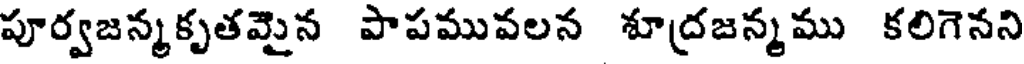
పూర్వజన్మకృతమైన పాపమువలన శూద్రజన్మము కలిగెనని